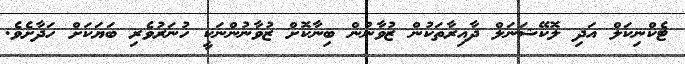
ޓެކްނިކަލް އަދި ލޮކޭޝަނަލް ދާއިރާތަކުން ޒުވާނުން ބިނާކޮށް ޒުވާނުންނަކީ ހުނަރުވެރި ބަޔަކަށް ހަދާށެވެ.